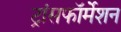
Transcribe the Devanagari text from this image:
ट्रांसफॉर्मेशन